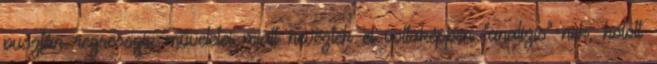
pusztán regresszív műveletei miatt neveztek el voltaképpen "analízis"-nek, holott